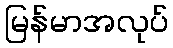
မြန်မာအလုပ်